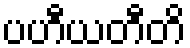
ပဟီယတီတိ